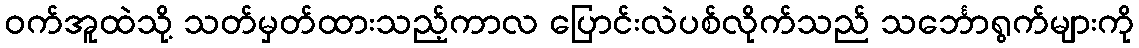
ဝက်အူထဲသို့ သတ်မှတ်ထားသည့်ကာလ ပြောင်းလဲပစ်လိုက်သည် သင်္ဘောရွက်များကို